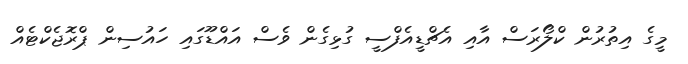
މީގެ އިތުރުން ކްލޯރަސް އާއި އެޗްޑީއެފްސީ ގުޅިގެން ވެސް އައްޑޫގައި ހައުސިން ޕްރޮޖެކްޓެއް